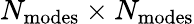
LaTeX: N_{\mathrm{modes}}\times N_{\mathrm{modes}}